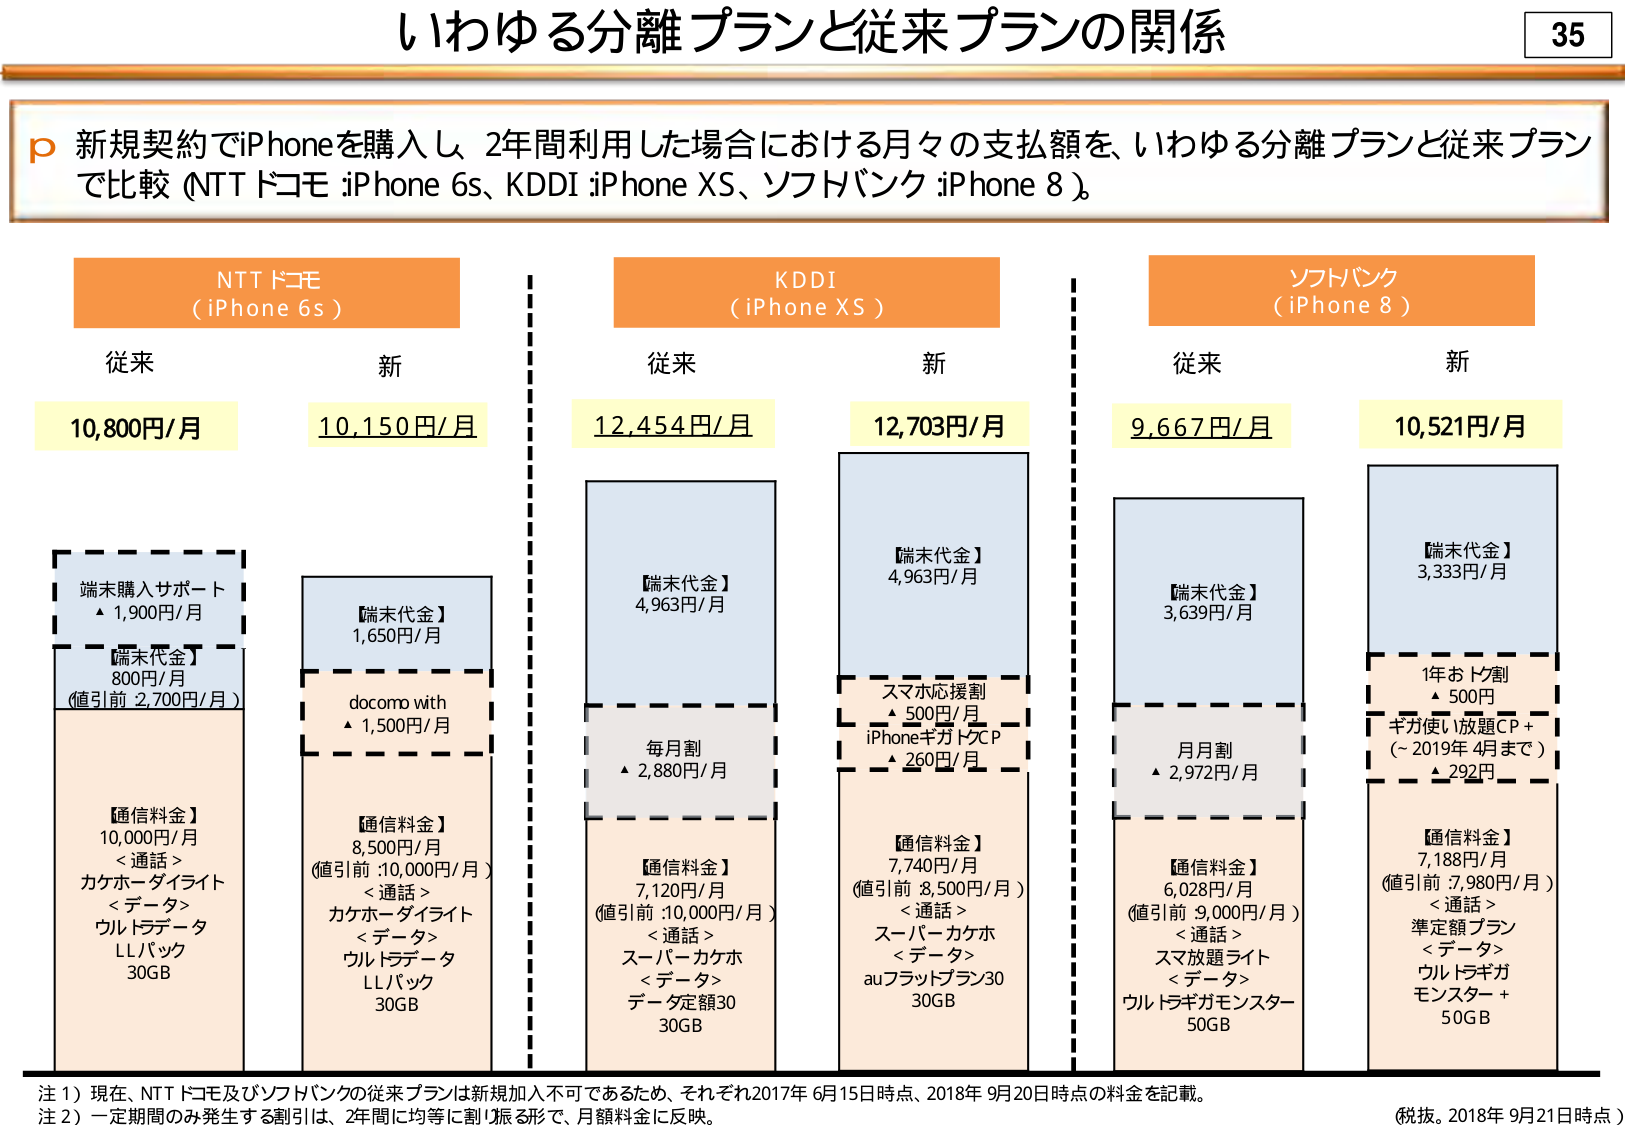
いわゆる分離プランと従来プランの関係

35

p 新規契約でiPhoneを購入し、2年間利用した場合における月々の支払額を、いわゆる分離プランと従来プランで比較（NTTドコモ：iPhone 6s、KDDI：iPhone XS、ソフトバンク：iPhone 8）。

NTTドコモ
（iPhone 6s）

従来
10,800円/月

新
10,150円/月

端末購入サポート
▲ 1,900円/月

【端末代金】
800円/月
（値引前 2,700円/月）

【通信料金】
10,000円/月
＜通話＞
カケホーダイライト
＜データ＞
ウルトラデータ
LLパック
30GB

【端末代金】
1,650円/月

docomo with
▲ 1,500円/月

【通信料金】
8,500円/月
（値引前：10,000円/月）
＜通話＞
カケホーダイライト
＜データ＞
ウルトラデータ
LLパック
30GB

KDDI
（iPhone XS）

従来
12,454円/月

新
12,703円/月

【端末代金】
4,963円/月

毎月割
▲ 2,880円/月

【通信料金】
7,120円/月
（値引前：10,000円/月）
＜通話＞
スーパーカケホ
＜データ＞
データ定額30
30GB

【端末代金】
4,963円/月

スマホ応援割
▲ 500円/月
iPhoneギガトクP
▲ 260円/月

【通信料金】
7,740円/月
（値引前：8,500円/月）
＜通話＞
スーパーカケホ
＜データ＞
auフラットプラン30
30GB

ソフトバンク
（iPhone 8）

従来
9,667円/月

新
10,521円/月

【端末代金】
3,639円/月

月月割
▲ 2,972円/月

【通信料金】
6,028円/月
（値引前：9,000円/月）
＜通話＞
準定額プラン
＜データ＞
ウルトラ放題ライト
ウルトラギガモンスター
50GB

【端末代金】
3,333円/月

1年おトク割
▲ 500円
ギガ使い放題CP＋
（～2019年4月まで）
▲ 292円

【通信料金】
7,188円/月
（値引前：7,980円/月）
＜通話＞
準定額プラン
＜データ＞
ウルトラギガ
モンスター＋
50GB

注1）現在、NTTドコモ及びソフトバンクの従来プランは新規加入不可であるため、それぞれ2017年6月15日時点、2018年9月20日時点の料金を記載。
注2）一定期間のみ発生する割引は、2年間に均等に割り振る形で、月額料金に反映。

（税抜。2018年9月21日時点）